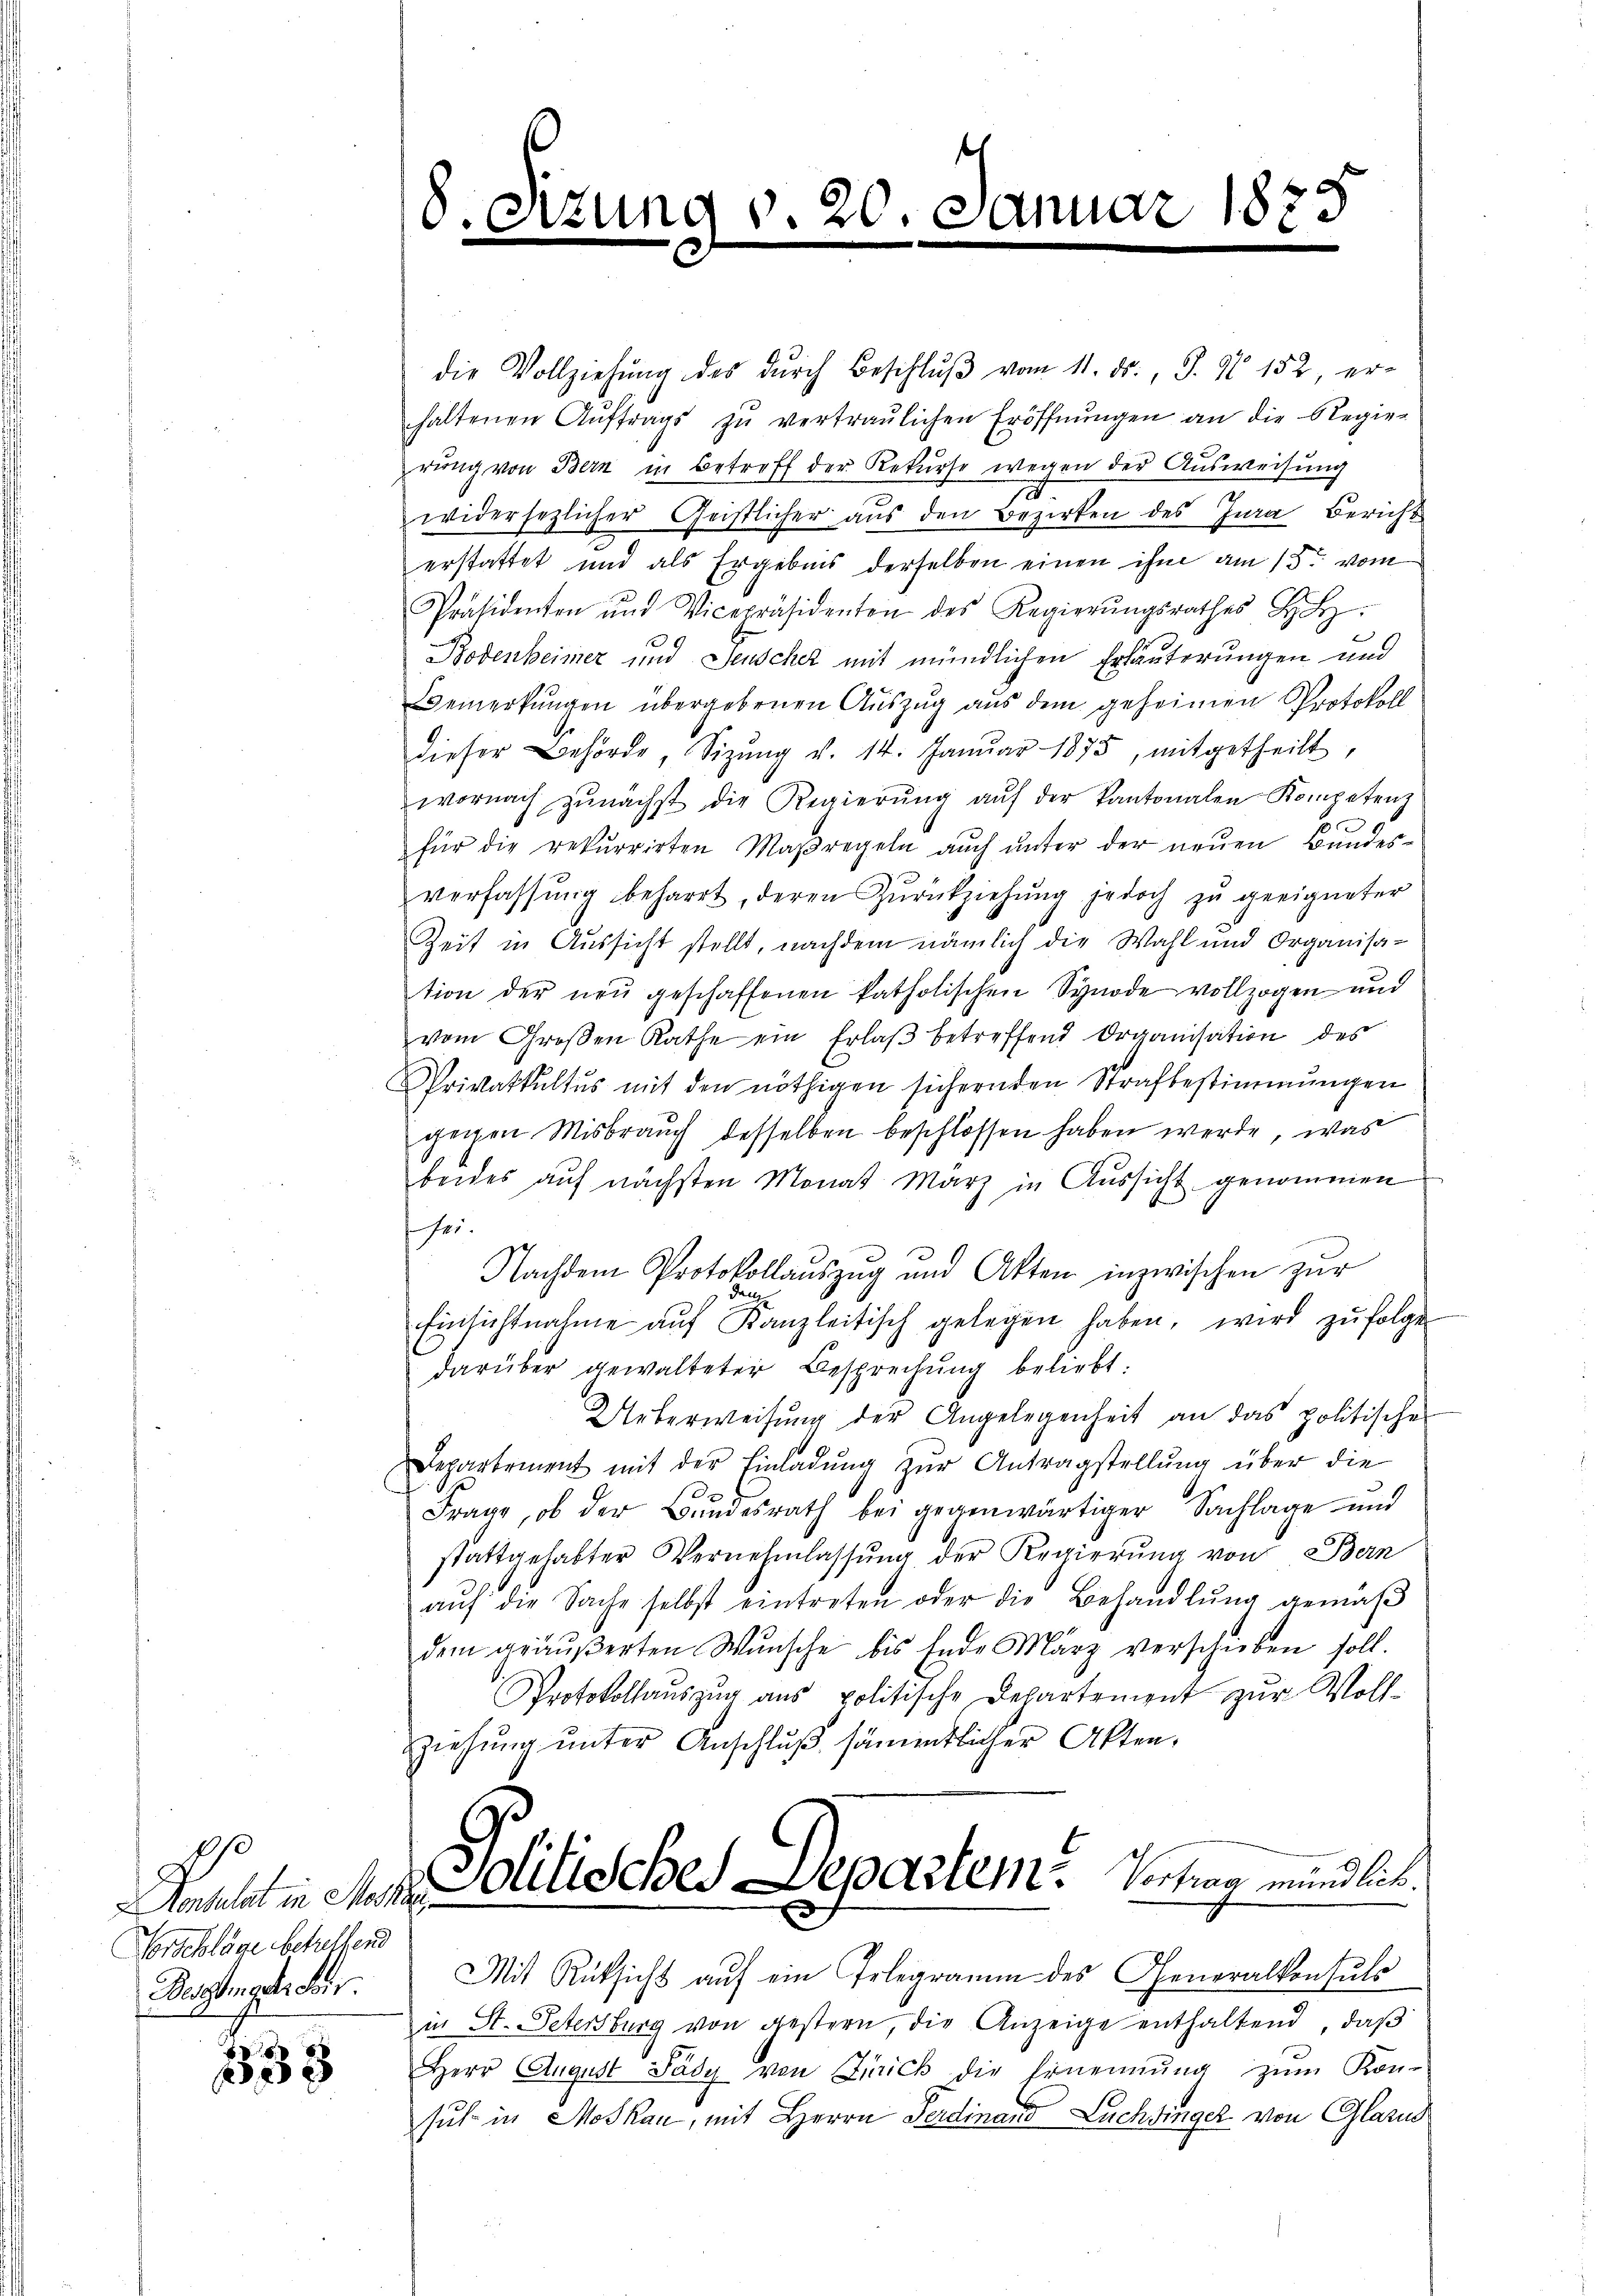
onsulat in Messer
Vorschläge betreffend
Bereingeticis.

333

8.

3)

s
g v. 20. Januar 1873

e
e

die Vollziehŭng des dŭrch Beschlŭβ vom 11. ds., S. 9 152 er-
haltenen Aŭftrags zŭ vertraŭlichen Eröffnŭngen an die Regie-
rŭng von Bern in Betreff der Rekurse wegen der Ausweisung
widersezlicher Geistlicher aus den Bezirken des Jura, Bericht
erstattet und als Ergebnis derselben einen ihm am 15ten vom
Präsidenten und Vicepräsidenten des Regierŭngsrathes H:
Bodenheimer und Jenscher mit mündlichen Erläuterungen und
Bemerkungen übergebenen Auszug aus dem geheimen Protokoll
dieser Behörde, Sizŭng v. 14. Janŭar 1875, mitgetheilt,
wornach zŭnächst die Regierŭng aŭf der Kantonalen Kompetenz
für die rekurrirten Maßregeln aŭch ŭnter der neŭen Bundes-
verfassŭng beharrt, deren Zŭrückziehŭng jedoch zŭ geeigneter
Zeit in Aussicht stellt, nachdem nämlich die Wahl und Organisa-
tion der neu geschaffenen katholischen Synode vollzogen und
vom Großen Rathe ein Erlaß betreffend Organisation des
Privatkultus mit den nöthigen sichernden Strafbestimmungen
gegen Misbrauch desselben beschlossen haben werde, was
beides aŭf nächsten Monat März in Aŭssicht genommen
sei.
Nachdem Protokollaŭszŭg und Akten inzwischen zŭr
dan
Einsichtnahme aŭf Kanzleitisch gelegen haben, wird zŭfolge
darüber gewalteter Besprechung beliebt:
Ueberweisung der Angelegenheit an das politischen
Departement mit der Einladung zŭr Antragstellung über die
Frage, ob der Bundesrath bei gegenwärtiger Sachlage und
stattgehabter Vernehmlassŭng der Regierŭng von Bern
aŭf die Sache selbst eintreten oder die Behandlŭng gemäβ
dem gräŭβerten Wŭnsche bis Ende März verschieben soll.
Protokollaŭszŭg ans politische Departement zŭr Voll-
ziehŭng ŭnter Anschluß sämmtlicher Akten.
Solitisches Departem Vertrag mündlich.
Mit Rüksicht auf ein Erlegramm des Generalkonsuls
zi St. Petersburg von gestern die Anzeige enthaltend, daß
Herr August Fädy von Zürick die Ernennung zŭm Kon-
sich in Moskau, mit Herrn Ferdinand Luchinger von Glarus